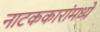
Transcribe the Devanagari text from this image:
नाटककारांमध्ये